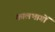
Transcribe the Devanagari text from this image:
कालभागों